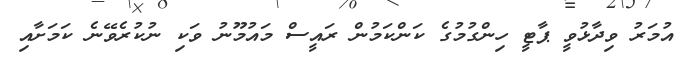
އުމަރު ވިދާޅުވީ ޕާޓީ ހިންގުމުގެ ކަންކަމުން ރައީސް މައުމޫނު ވަކި ނުކުރެވޭނެ ކަމަށާއި